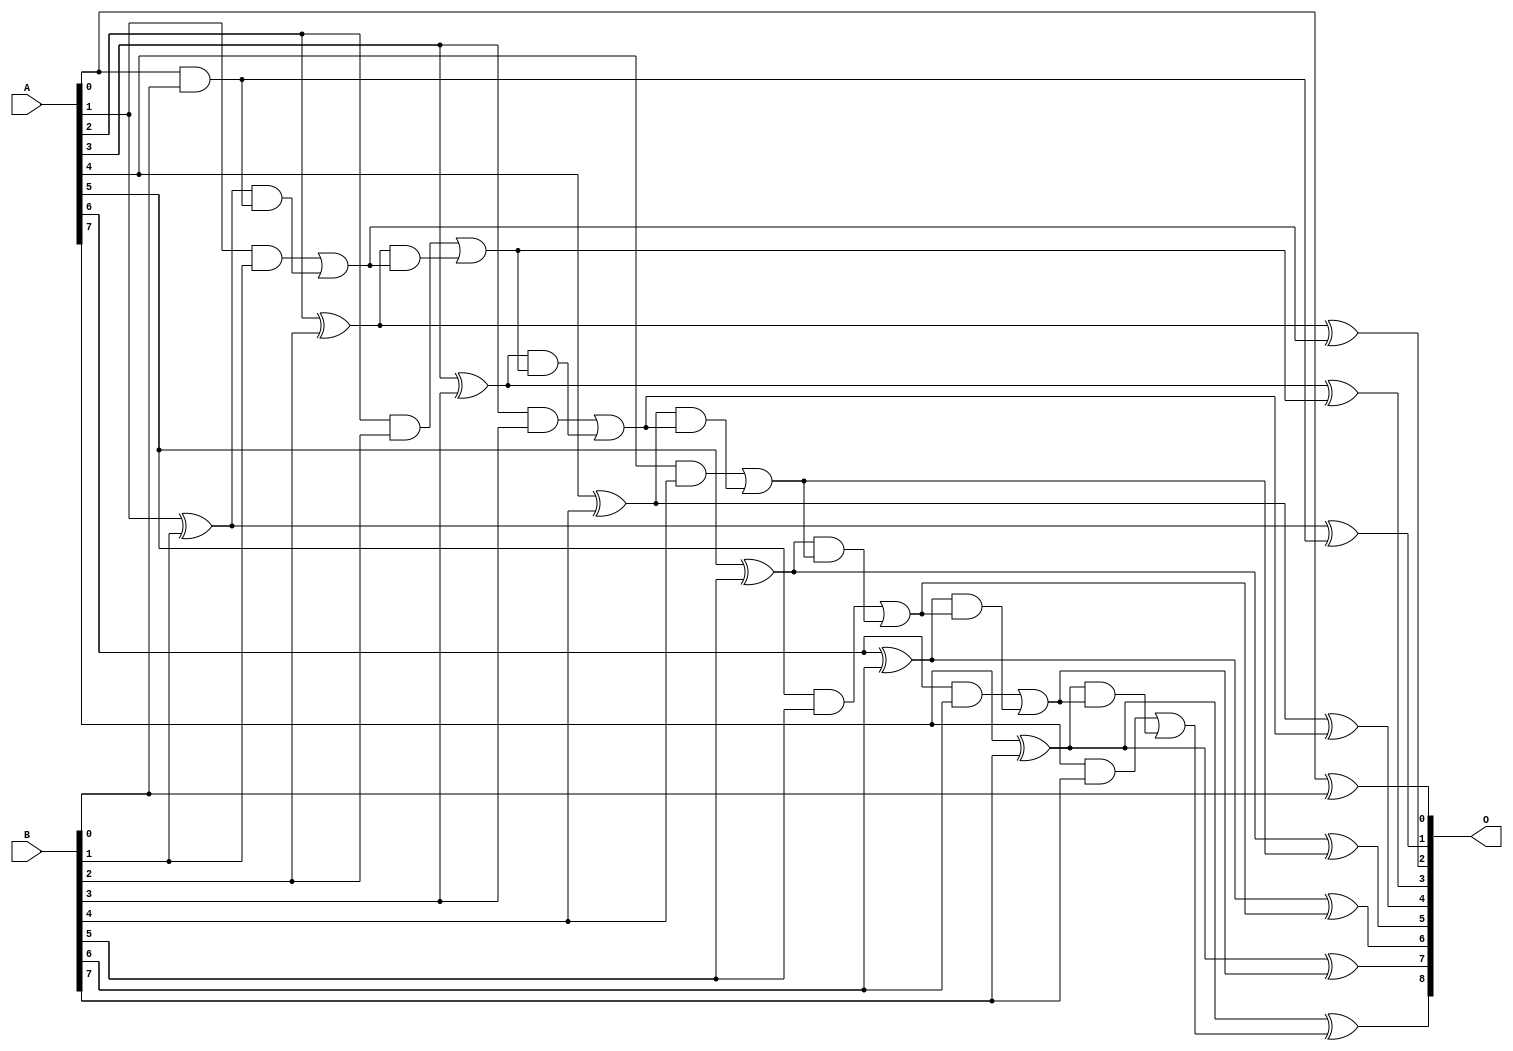
// This program was cloned from: https://github.com/ehw-fit/evoapproxlib
// License: MIT License

/***
* This code is a part of EvoApproxLib library (ehw.fit.vutbr.cz/approxlib) distributed under The MIT License.
* When used, please cite the following article(s): V. Mrazek, L. Sekanina, Z. Vasicek "Libraries of Approximate Circuits: Automated Design and Application in CNN Accelerators" IEEE Journal on Emerging and Selected Topics in Circuits and Systems, Vol 10, No 4, 2020 
* This file contains a circuit from a sub-set of pareto optimal circuits with respect to the pwr and mse parameters
***/
// MAE% = 0.00 %
// MAE = 0 
// WCE% = 0.00 %
// WCE = 0 
// WCRE% = 0.00 %
// EP% = 0.00 %
// MRE% = 0.00 %
// MSE = 0 
// PDK45_PWR = 0.035 mW
// PDK45_AREA = 74.6 um2
// PDK45_DELAY = 0.63 ns

module add8se_7A2 (
    A,
    B,
    O
);

input [7:0] A;
input [7:0] B;
output [8:0] O;

wire sig_16,sig_17,sig_18,sig_19,sig_20,sig_21,sig_22,sig_23,sig_24,sig_25,sig_26,sig_27,sig_28,sig_29,sig_30,sig_31,sig_32,sig_33,sig_34,sig_35;
wire sig_36,sig_37,sig_38,sig_39,sig_40,sig_41,sig_42,sig_43,sig_44,sig_45,sig_46,sig_47,sig_48,sig_49,sig_50,sig_51,sig_52,sig_54;

assign sig_16 = A[0] ^ B[0];
assign sig_17 = A[0] & B[0];
assign sig_18 = A[1] ^ B[1];
assign sig_19 = A[1] & B[1];
assign sig_20 = sig_18 & sig_17;
assign sig_21 = sig_18 ^ sig_17;
assign sig_22 = sig_19 | sig_20;
assign sig_23 = A[2] ^ B[2];
assign sig_24 = A[2] & B[2];
assign sig_25 = sig_23 & sig_22;
assign sig_26 = sig_23 ^ sig_22;
assign sig_27 = sig_24 | sig_25;
assign sig_28 = A[3] ^ B[3];
assign sig_29 = A[3] & B[3];
assign sig_30 = sig_28 & sig_27;
assign sig_31 = sig_28 ^ sig_27;
assign sig_32 = sig_29 | sig_30;
assign sig_33 = A[4] ^ B[4];
assign sig_34 = A[4] & B[4];
assign sig_35 = sig_33 & sig_32;
assign sig_36 = sig_33 ^ sig_32;
assign sig_37 = sig_34 | sig_35;
assign sig_38 = A[5] ^ B[5];
assign sig_39 = A[5] & B[5];
assign sig_40 = sig_38 & sig_37;
assign sig_41 = sig_38 ^ sig_37;
assign sig_42 = sig_39 | sig_40;
assign sig_43 = A[6] ^ B[6];
assign sig_44 = A[6] & B[6];
assign sig_45 = sig_43 & sig_42;
assign sig_46 = sig_43 ^ sig_42;
assign sig_47 = sig_44 | sig_45;
assign sig_48 = A[7] ^ B[7];
assign sig_49 = A[7] & B[7];
assign sig_50 = sig_48 & sig_47;
assign sig_51 = sig_48 ^ sig_47;
assign sig_52 = sig_49 | sig_50;
assign sig_54 = sig_48 ^ sig_52;

assign O[8] = sig_54;
assign O[7] = sig_51;
assign O[6] = sig_46;
assign O[5] = sig_41;
assign O[4] = sig_36;
assign O[3] = sig_31;
assign O[2] = sig_26;
assign O[1] = sig_21;
assign O[0] = sig_16;

endmodule